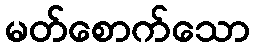
မတ်စောက်သော